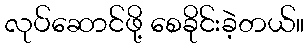
လုပ်ဆောင်ဖို့ စေခိုင်းခဲ့တယ်။